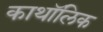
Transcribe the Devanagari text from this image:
काथॉलिक